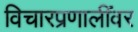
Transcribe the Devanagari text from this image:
विचारप्रणालींवर